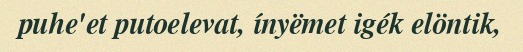
puhe'et putoelevat, ínyëmet igék elöntik,